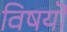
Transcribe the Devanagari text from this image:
विषयॊं